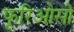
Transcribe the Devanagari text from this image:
फूरिओसो